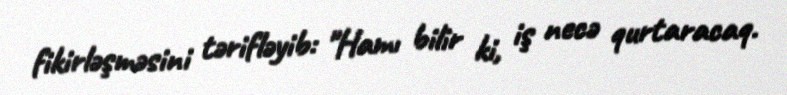
fikirləşməsini tərifləyib: "Hamı bilir ki, iş necə qurtaracaq.